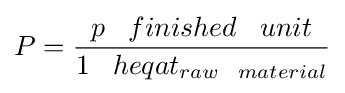
P={\frac {p\;\;\;finished\;\;\;unit}{1\;\;\;heqat_{raw\;\;\;material}}}